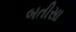
બતીસા